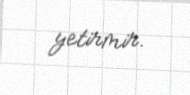
yetirmir.